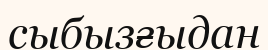
сыбызғыдан